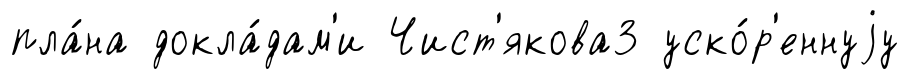
пла́на докла́дам'и Чист'якова3 уско́р'еннуjу